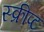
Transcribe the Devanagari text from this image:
स्क्रीप्ट